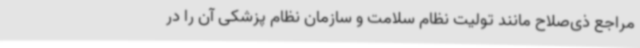
مراجع ذی‌صلاح مانند تولیت نظام سلامت و سازمان نظام پزشکی آن را در